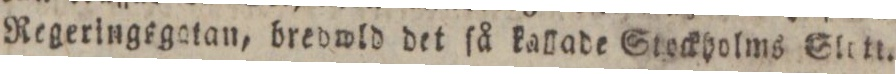
Regeringsgatan, bredwld det ſå kallade Stockholms Slott.